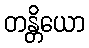
တန္တိယော